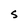
Character: S